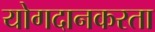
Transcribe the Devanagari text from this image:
योगदानकरता